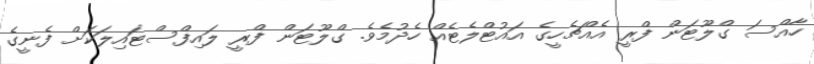
ހާއްސަ ގްލޫޓަން ފްރީ އެއްޗެހީގެ އައުޓްލެޓެއް ހެދުމެވެ. ގްލޫޓަން ފްރީ ލައިފްސްޓައިލަކަށް ފެނީގެ